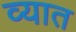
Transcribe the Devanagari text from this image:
व्यात